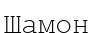
Шамон